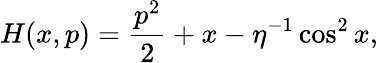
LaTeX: H(x,p)=\frac{p^{2}}{2}+x-\eta^{-1}\cos^{2}x,